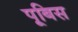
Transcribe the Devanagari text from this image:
पूबिस